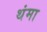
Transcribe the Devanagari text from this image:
थंमा